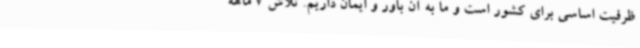
ظرفیت اساسی برای کشور است و ما به آن باور و ایمان‌ داریم. تلاش 7 ماهه